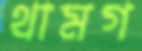
থামগ